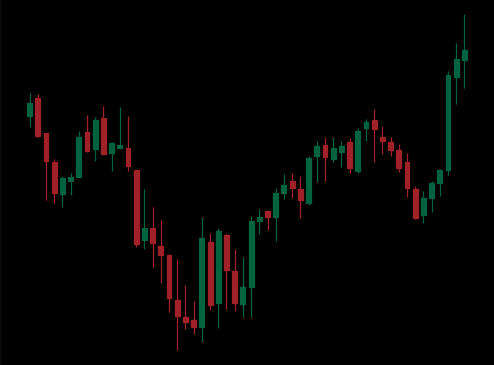
Pattern: inverse_head_shoulders